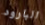
البارود